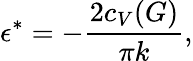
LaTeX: \epsilon^{*}=-{\frac{2c_{V}(G)}{\pi k}},